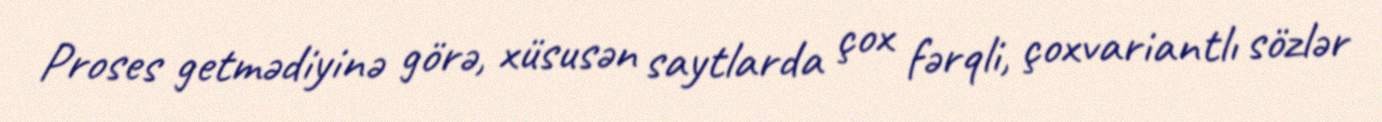
Proses getmədiyinə görə, xüsusən saytlarda çox fərqli, çoxvariantlı sözlər